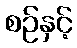
စဉ်နှင့်